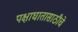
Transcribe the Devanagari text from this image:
पक्षाघातासाठीचे